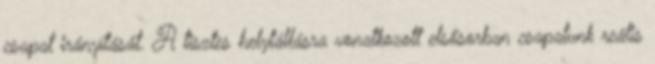
csapat irányítását. A tisztes helytállásra vonatkozott elsősorban csapatunk reális